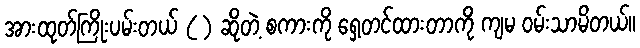
အားထုတ်ကြိုးပမ်းတယ် ( ) ဆိုတဲ့ စကားကို ရှေ့တင်ထားတာကို ကျမ ဝမ်းသာမိတယ်။